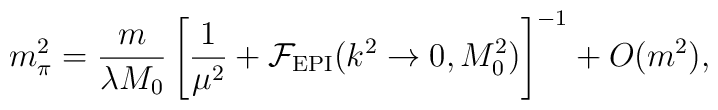
m_\pi^2 = \frac{m}{\lambda M_0} \left[    \frac{1}{\mu^2} + {\cal F}_{\rm EPI}(k^2\rightarrow 0, M_0^2)   \right]^{-1}    +O(m^2) ,